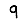
Digit: 9